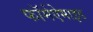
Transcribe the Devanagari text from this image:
फॉर्मऐमाइड